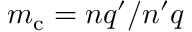
m _ { \mathrm { c } } = n q ^ { \prime } / n ^ { \prime } q